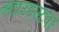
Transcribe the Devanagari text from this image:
स्टारडस्टवर